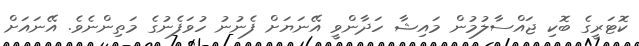
ކޮޓަރީގެ ބޮކި ޖައްސާލުމުން މައިޝާ ހަދާންވީ އޭނަޔަށް ފެނުނު ހުވަފެނުގެ މަތިންނެވެ. އޭނައަށް